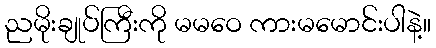
ညမိုးချုပ်ကြီးကို မမဝေ ကားမမောင်းပါနဲ့။